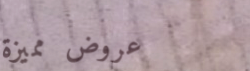
عروض مميزة